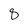
Character: 8